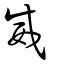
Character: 威